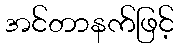
အင်တာနက်ဖြင့်